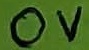
Text: 0V